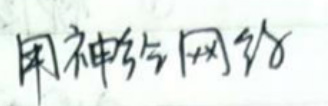
用神经网给